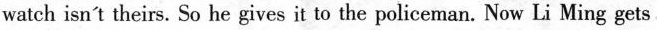
watch isn't theirs. So he gives it to the policeman. Now Li Ming gets